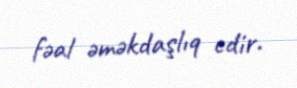
fəal əməkdaşlıq edir.